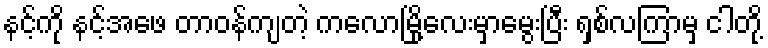
နင့်ကို နင့်အဖေ တာဝန်ကျတဲ့ ကလောမြို့လေးမှာမွေးပြီး ရှစ်လကြာမှ ငါတို့